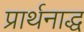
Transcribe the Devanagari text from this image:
प्रार्थनाद्ध